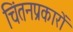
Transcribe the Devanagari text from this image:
चिंतनप्रकारों